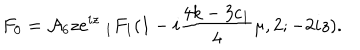
LaTeX: F _ { 0 } = { \cal A } _ { 6 } z e ^ { i z } \ _ { 1 } F _ { 1 } ( 1 - i \frac { 4 k - 3 c _ { 1 } } { 4 } \mu , 2 ; - 2 i z ) .